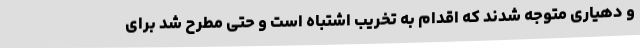
و دهیاری متوجه شدند که اقدام به تخریب اشتباه است و حتی مطرح شد برای